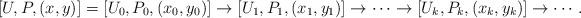
LaTeX: \begin{align*}[U,P,(x,y)]=[U_0,P_0,(x_0,y_0)]\to[U_1,P_1,(x_1,y_1)]\to\dots\to [U_k,P_k,(x_k,y_k)]\to\cdots.\end{align*}